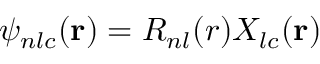
\psi _ { n l c } ( \mathbf { r } ) = R _ { n l } ( r ) X _ { l c } ( \mathbf { r } )